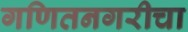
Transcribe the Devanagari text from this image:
गणितनगरीचा